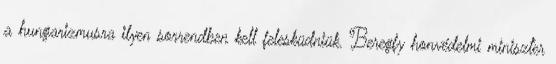
a hungarizmusra ilyen sorrendben kell felesküdniük. Beregfy honvédelmi miniszter